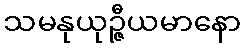
သမနုယုဉ္ဇီယမာနော